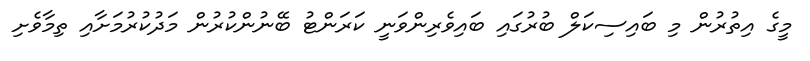
މީގެ އިތުރުން މި ބައިސިކަލް ބުރުގައި ބައިވެރިންވަނީ ކަރަންޓު ބޭނުންކުރުން މަދުކުރުމަށާއި ތިމާވެށި